Report of the Bombay Plague Committee
Disease focus: Plague
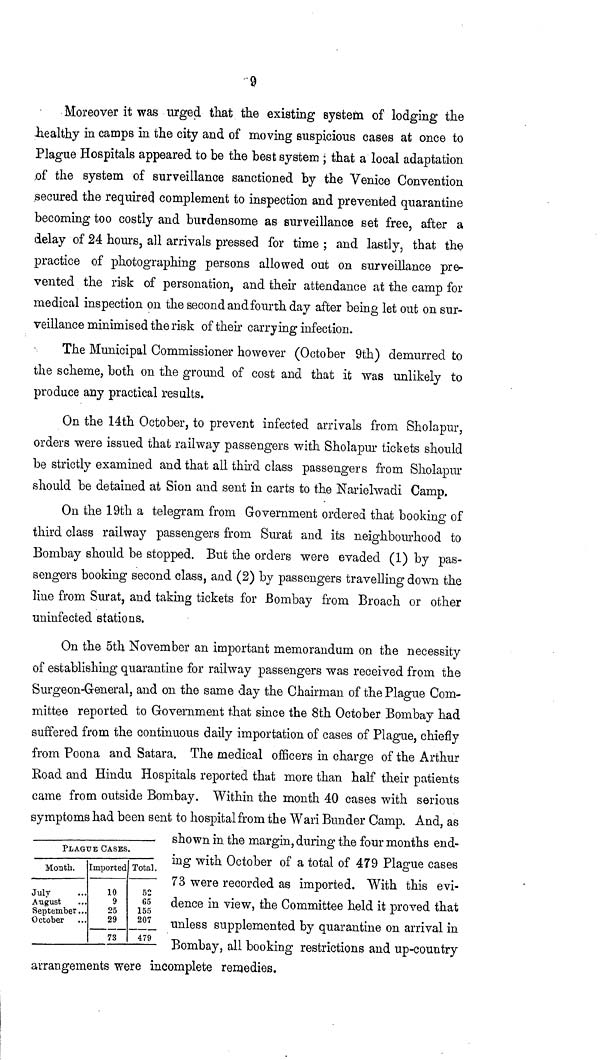
9
Moreover it was urged that the existing system of lodging the
healthy in camps in the city and of moving suspicious cases at once to
Plague Hospitals appeared to be the best system ; that a local adaptation
of the system of surveillance sanctioned by the Venice Convention
secured the required complement to inspection and prevented quarantine
becoming too costly and burdensome as surveillance set free, after a
delay of 24 hours, all arrivals pressed for time ; and lastly, that the
practice of photographing persons allowed out on surveillance pre-
vented the risk of personation, and their attendance at the camp for
medical inspection on the second and fourth day after being let out on sur-
veillance minimised the risk of their carrying infection.
The Municipal Commissioner however (October 9th) demurred to
the scheme, both on the ground of cost and that it was unlikely to
produce any practical results.
On the 14th October, to prevent infected arrivals from Sholapur,
orders were issued that railway passengers with Sholapur tickets should
be strictly examined and that all third class passengers from Sholapur
should be detained at Sion and sent in carts to the Narielwadi Camp.
On the 19th a telegram from Government ordered that booking of
third class railway passengers from Surat and its neighbourhood to
Bombay should be stopped. But the orders were evaded (1) by pas-
sengers booking second class, and (2) by passengers travelling down the
line from Surat, and taking tickets for Bombay from Broach or other
uninfected stations.
On the 5th November an important memorandum on the necessity
of establishing quarantine for railway passengers was received from the
Surgeon-General, and on the same day the Chairman of the Plague Com-
mittee reported to Government that since the 8th October Bombay had
suffered from the continuous daily importation of cases of Plague, chiefly
from Poona and Satara. The medical officers in charge of the Arthur
Road and Hindu Hospitals reported that more than half their patients
came from outside Bombay. Within the month 40 cases with serious
symptoms had been sent to hospital from the Wari Bunder Camp. And, as
shown in the margin, during the four months end-
ing with October of a total of 479 Plague cases
73 were recorded as imported. With this evi-
dence in view, the Committee held it proved that
unless supplemented by quarantine on arrival in
Bombay, all booking restrictions and up-country
arrangements were incomplete remedies.
PLAGUE CASES
Month.
July
August
September...
October
Imported
10
9
25
29
73
Total.
52
65
155
207
479